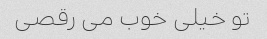
تو خیلی خوب می رقصی